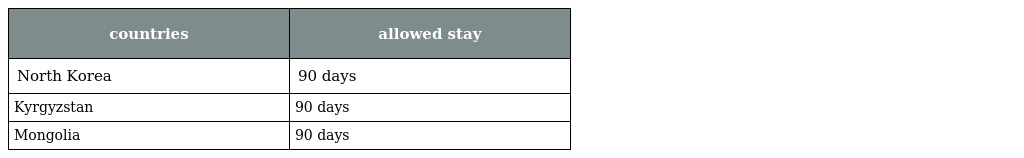
| countries | allowed stay |
 | --- | --- |
 | North Korea | 90 days |
 | Kyrgyzstan | 90 days |
 | Mongolia | 90 days |